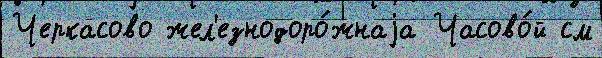
Черкасово жел'езнодоро́жнаjа Часово́й см